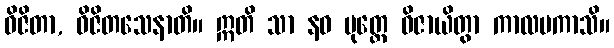
ဝိဇိတာ, ဝိဇိတသေနာတိ။ ဣတိ သာ နဝ ပုတ္တေ ဝိဇာယိတွာ ကာလမကာသိ။